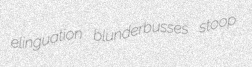
elinguation blunderbusses stoop